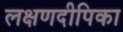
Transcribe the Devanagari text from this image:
लक्षणदीपिका